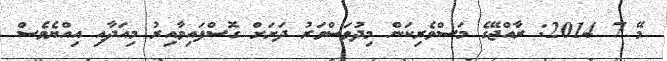
މޭ 7 2014: ރާއްޖޭގެ މަސްވެރިކަން މިދުވަސްވަރު ދަށަށް ގޮސްފައިވާއިރު މިއަދާއި އިއްޔެވެސް